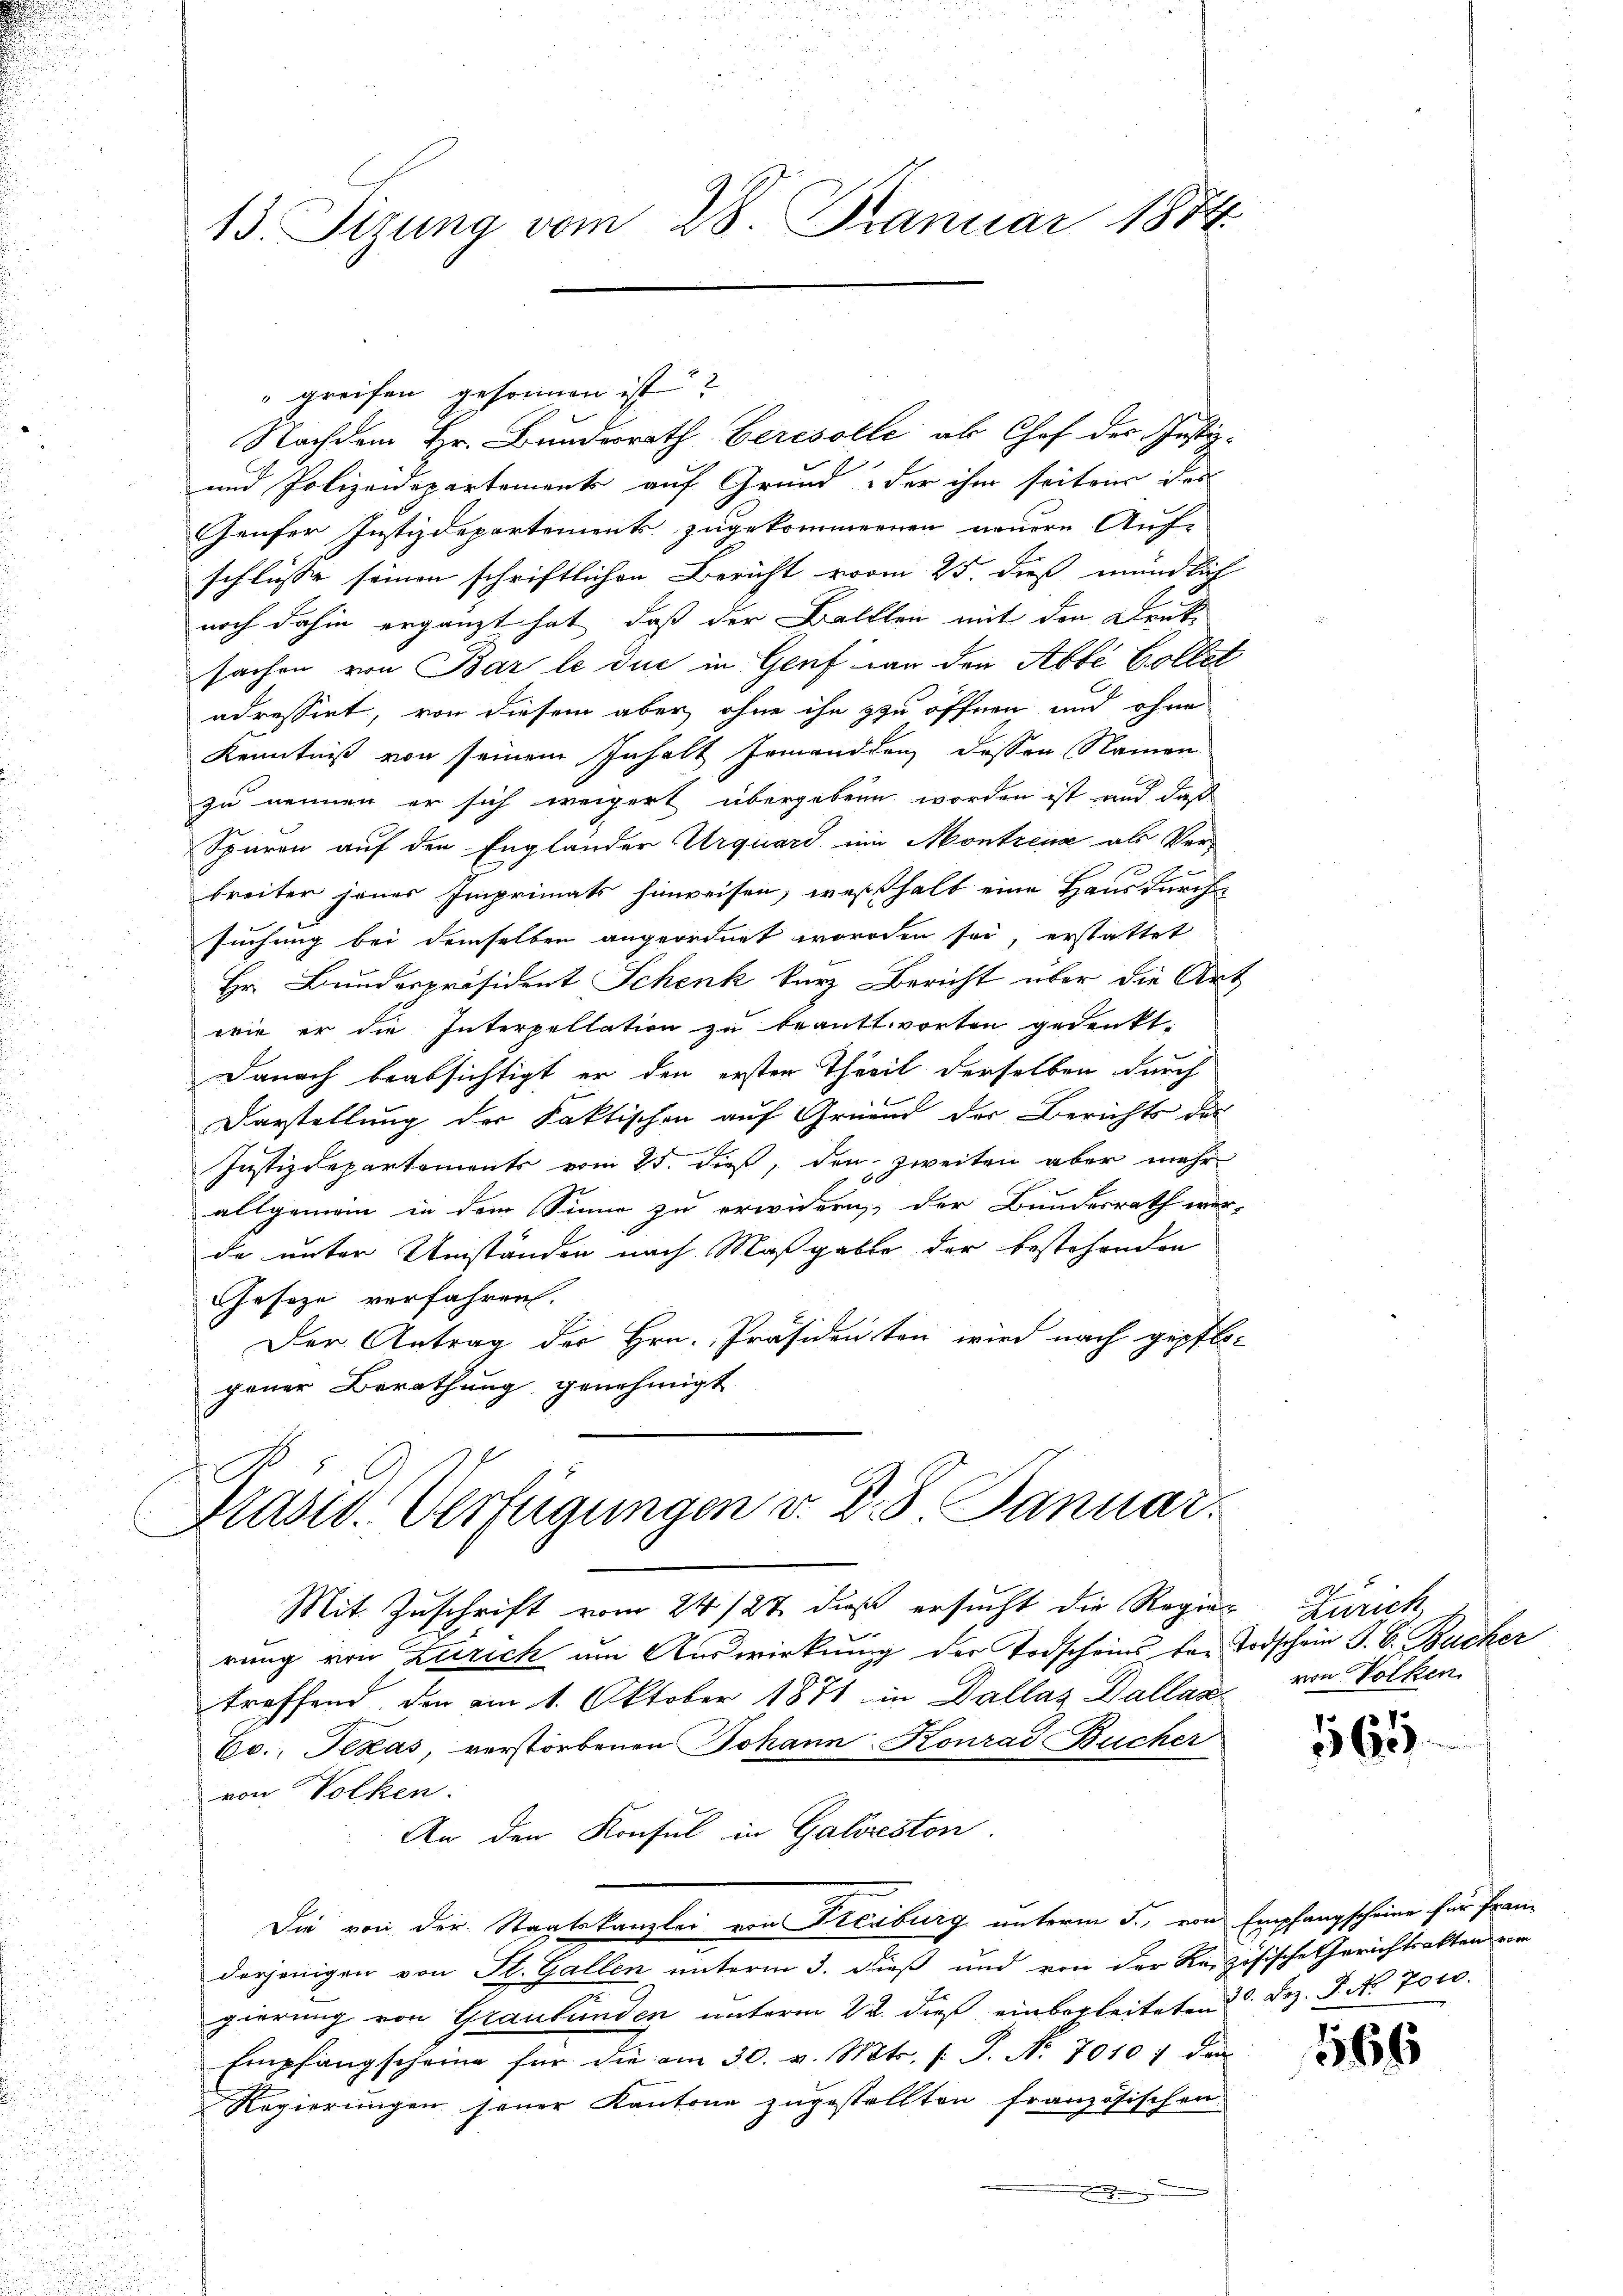
13. Sizung vom 28. Januar 1874.

" greifen gesonnen ist?
Nachdem Hr. Bundesrath beresolle als Chef der Justiz-
und Polizeidepartemente auf Grund der ihm seitens des
Genfer Justizdepartement zugekommenen neuere Auf-
schlüsse seinen schriftlichen Bericht vom 25. dieß mündlich
noch dahin ergänzt hat, daß der Balllen mit den Denk-
sachen von Bar le duc in Genf von den Abte Collet
adressirt, von diesem aber ohne ihn zu öffnen und ohne
Kenntniß von seinem Inhalt jemanden dessen Namen
zu nennen er sich weigert übergebenen worden ist und daß
Spuren auf den Engländer Urquard ein Montzens als Ver-
breiter jenes Imprimats hinweisen, weßhalb eine Hausdurch
suchung bei demselben angeordnet worden sei, erstattet
Hr. Bunderpräsident Schenk kurz Bericht über die Art
wie er die Interpellation zu beantworten gedenkt.
Danach beabsichtigt er den ersten Theil derselben durch
Darstellung der Faktischen auf Gruend der Berichts das
Justizdepartements vom 25. dieß, den zweiten aber mehr
allgemein in dem Sinne zu erwidern, der Bundesrath wer-
da unter Umständen nach Maßgabe der bestehenden
Geseze verfahren.
Der Antrag der Hrn. Präsidenten wird nach gepflo-
gener Berathung genehmigt

Präsid. Verfügungen v. D. 8. Januar.

Mit Zuschrift vom 24/27. daß ersucht die Regier Zürich,
rung von Zürich um Auswirkung der Todscheins der Todschein J. C. Bacher
treffend, den am 1. Oktober 1871 in Dallas Dallan von Völker
Ec. Texas, verstorbenen Johann Konrad Bücher
von Volken.
derjenigen von St. Gallen unterm 3. dieß und von der Reizösische Gerichtsakten vom
gierung von Graubünden unterm 22. dieß einbegleiteten. Dez. S. No. 7000.
Empfangscheine für die am 30. v. Mts. (: P. Nr. 70107 den
Regierungen seiner Kantone zugestellten französischen
.

An den Konsul in Galveston.
Die von der Staatskanzlei von Freiburg unterm 5. von Empfangscheine für Fran¬

565

1566